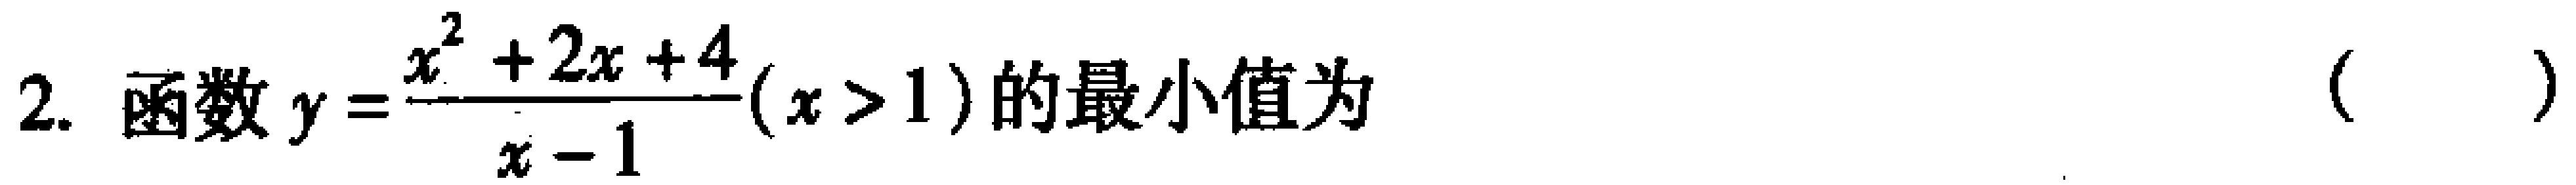
2. 函数\(y = \frac{x^{2}+2x + 4}{x - 1}(x>1)\)的最小值为（  ）